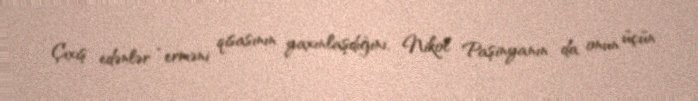
Çıxış edənlər “erməni qisasının yaxınlaşdığını, Nikol Paşinyanın da onun üçün